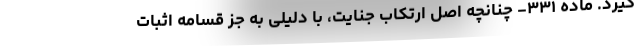
گیرد. ماده ۳۳۱- چنانچه اصل ارتکاب جنایت، با دلیلی به جز قسامه اثبات